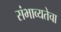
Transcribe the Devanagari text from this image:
संभाव्यतेचा